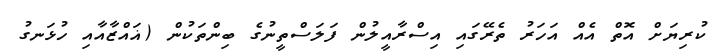
ކުރިޔަށް އޮތް އެއް އަހަރު ތެރޭގައި އިސްރާއީލުން ފަލަސްތީނުގެ ބިންތަކުން (ޣައްޒާއާއި ހުޅަނގު